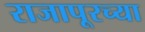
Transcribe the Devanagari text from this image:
राजापूरच्या